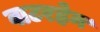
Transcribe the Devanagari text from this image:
वाटरहेन